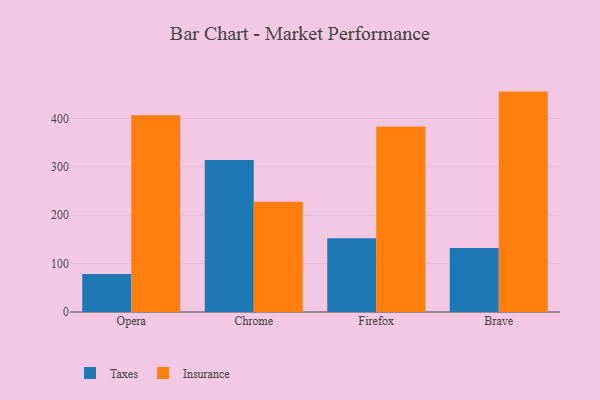
{"axis": {"x": "Browser", "y": "Shipments"}, "legend": ["Insurance", "Taxes"], "data": [{"x": "Opera", "y": 78.3, "type": "Taxes"}, {"x": "Opera", "y": 406.5, "type": "Insurance"}, {"x": "Chrome", "y": 314.2, "type": "Taxes"}, {"x": "Chrome", "y": 228.1, "type": "Insurance"}, {"x": "Firefox", "y": 152.2, "type": "Taxes"}, {"x": "Firefox", "y": 383.4, "type": "Insurance"}, {"x": "Brave", "y": 132.3, "type": "Taxes"}, {"x": "Brave", "y": 455.5, "type": "Insurance"}]}